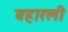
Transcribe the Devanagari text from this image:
बहारली